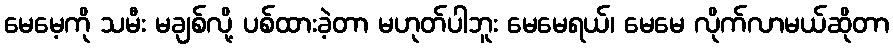
မေမေ့ကို သမီး မချစ်လို့ ပစ်ထားခဲ့တာ မဟုတ်ပါဘူး မေမေရယ်၊ မေမေ လိုက်လာမယ်ဆိုတာ